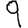
Digit: 9